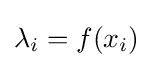
\lambda _{i}=f(x_{i})